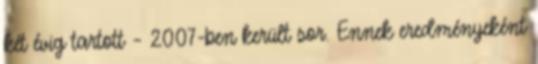
két évig tartott – 2007-ben került sor. Ennek eredményeként